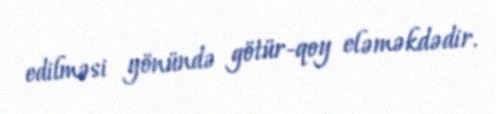
edilməsi yönündə götür-qoy eləməkdədir.